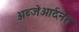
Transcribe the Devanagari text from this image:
अब्जेओर्दनेत